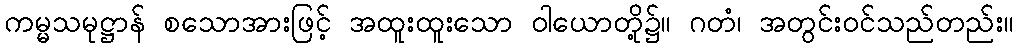
ကမ္မသမုဋ္ဌာန် စသောအားဖြင့် အထူးထူးသော ဝါယောတို့၌။ ဂတံ၊ အတွင်းဝင်သည်တည်း။